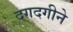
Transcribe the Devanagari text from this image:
दगदगीने